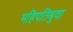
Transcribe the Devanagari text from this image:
महिपतिबुवा